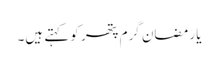
یا رمضان گرم پتھر کو کہتے ہیں۔